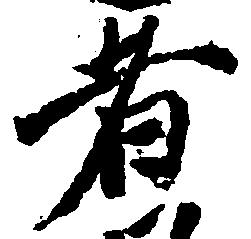
者